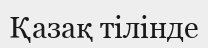
Қазақ тілінде